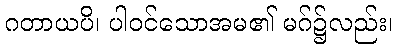
ဂတာယပိ၊ ပါဝင်သောအမ၏ မဂ်၌လည်း၊